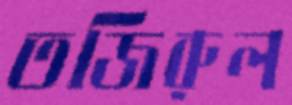
তজিরুল